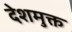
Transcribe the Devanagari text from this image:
देशमुक्त